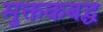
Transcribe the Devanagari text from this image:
मुक्तकबद्ध